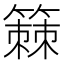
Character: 𫂡